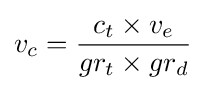
v_{c}={\frac {c_{t}\times v_{e}}{gr_{t}\times gr_{d}}}